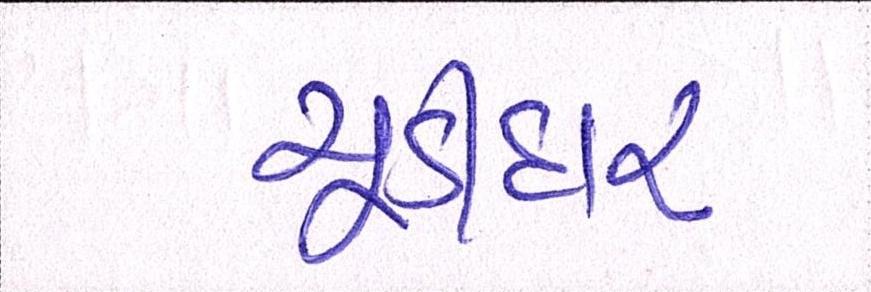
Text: ચૂડીદાર